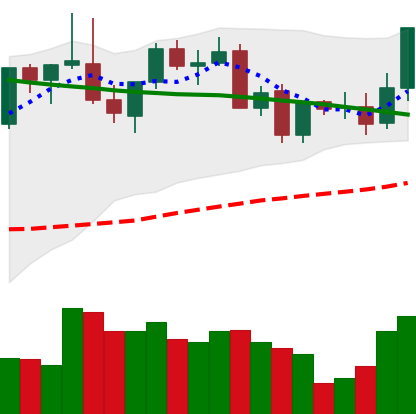
Ticker: LINK-USD
Chart end date: 2021-09-01
Forward return: 16.982%
Label: up_7plus